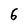
Character: 6